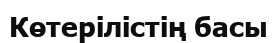
Көтерілістің басы